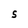
Character: S